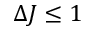
\Delta J \leq 1